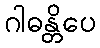
ဂါဓန္တိပေ